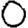
Digit: 0